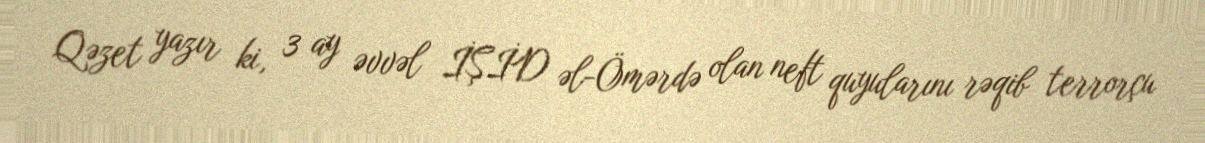
Qəzet yazır ki, 3 ay əvvəl İŞİD əl-Ömərdə olan neft quyularını rəqib terrorçu